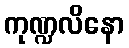
ကုဏ္ဍလိနော